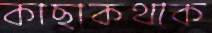
কাছাকথাক